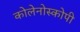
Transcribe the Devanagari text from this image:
कोलेनोस्कोपी